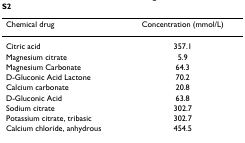
| Chemical drug | Concentration (mmol/L) |
 | --- | --- |
 | Citric acid | 357.1 |
 | Magnesium citrate | 5.9 |
 | Magnesium Carbonate | 64.3 |
 | D-Gluconic Acid Lactone | 70.2 |
 | Calcium carbonate | 20.8 |
 | D-Gluconic Acid | 63.8 |
 | Sodium citrate | 302.7 |
 | Potassium citrate, tribasic | 302.7 |
 | Calcium chloride, anhydrous | 454.5 |